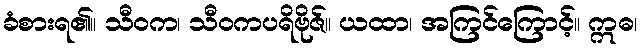
ခံစားရ၏။ သီဝက၊ သီဝကပရိဗိုဇ်။ ယထာ၊ အကြင်ကြောင့်။ ဣဓ၊